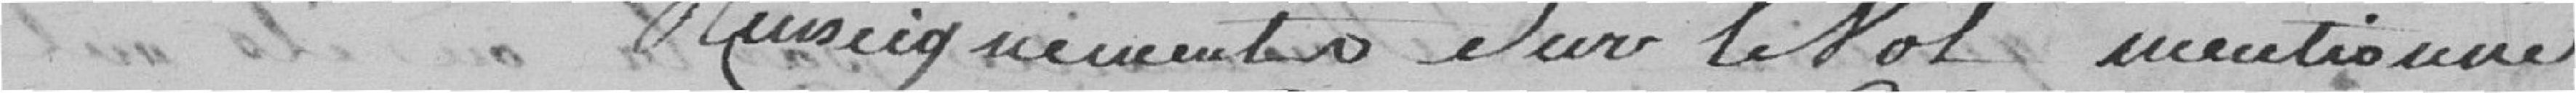
renseignements sur le vol mentionné